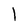
Character: 1